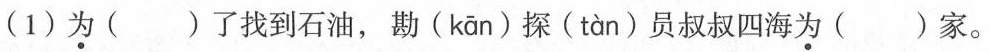
(1)为（）了找到石油，勘( kān )探( tàn )员叔叔四海为（）家。